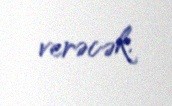
verəcək.